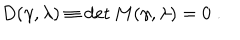
LaTeX: D ( \gamma , \lambda ) \equiv \det M ( \gamma , \lambda ) = 0 \; .